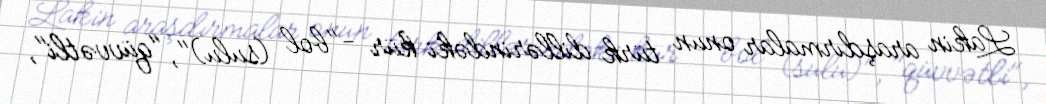
Lakin araşdırmalar onun türk dillərindəki kür -"bol (sulu)", "qüvvətli",